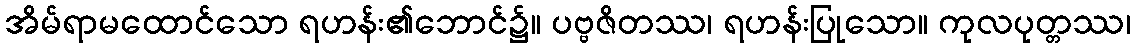
အိမ်ရာမထောင်သော ရဟန်း၏ဘောင်၌။ ပဗ္ဗဇိတဿ၊ ရဟန်းပြုသော။ ကုလပုတ္တဿ၊